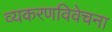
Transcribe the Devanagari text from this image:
व्यकरणविवेचना